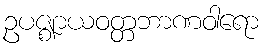
ဥပဇ္ဈာယဝတ္တဘာဏဝါရော